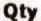
QTY